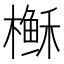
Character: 𰘶